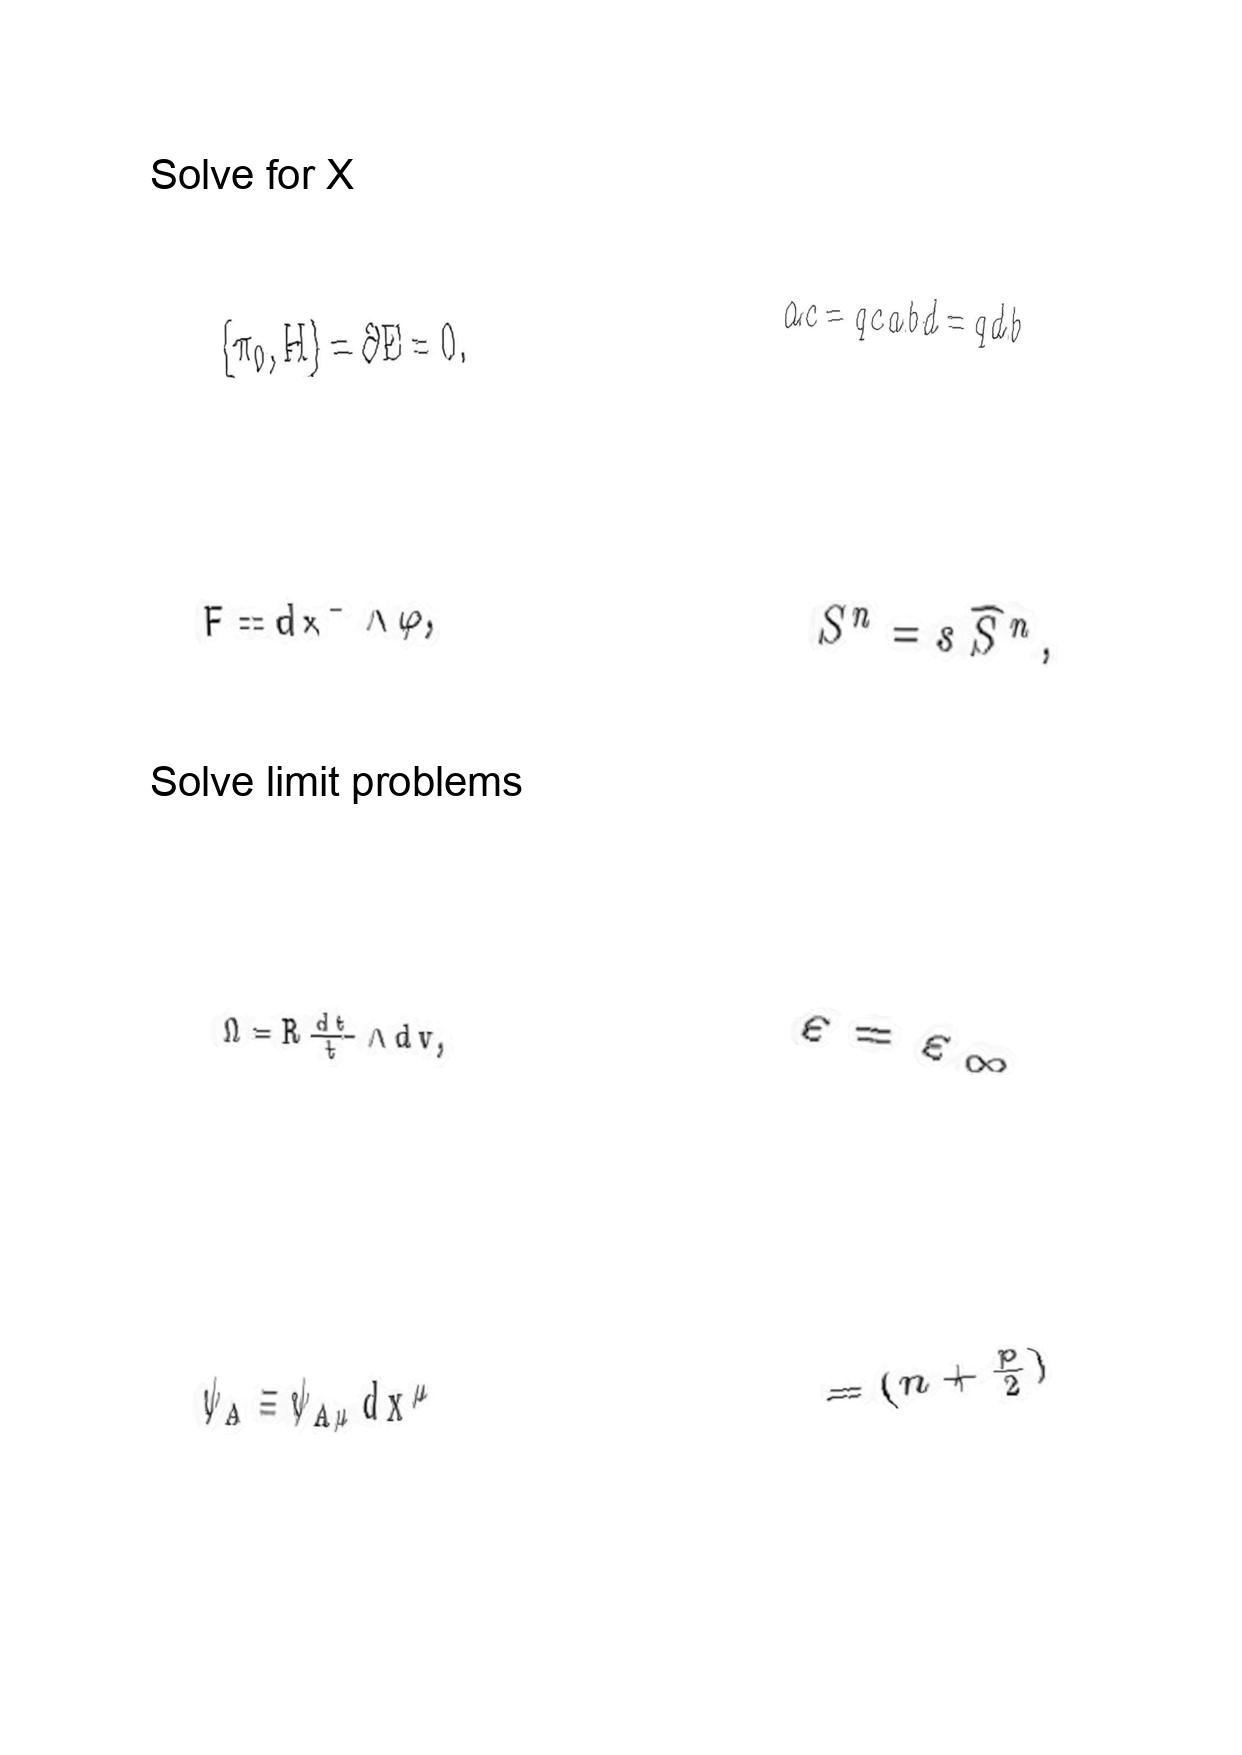
LaTeX transcription:
\lbrace \pi _ { 0 } , H \rbrace = \partial E = 0 .
F = d x ^ { - } \wedge \varphi ,
\Omega = R \frac { d t } { t } \wedge d v ,
\psi _ { A } \equiv \psi _ { A \mu } d x ^ { \mu }
a c = q c a b d = q d b
S ^ { n } = s \hat { S } ^ { n } ,
\varepsilon = \varepsilon _ { \infty }
= \lparen n + \frac { p } { 2 } \rparen